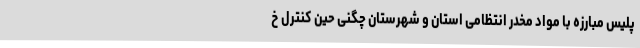
پلیس مبارزه با مواد مخدر انتظامی استان و شهرستان چگنی حین کنترل خ